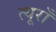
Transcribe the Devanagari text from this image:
त्यूराँ